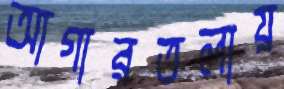
আগারতলায়